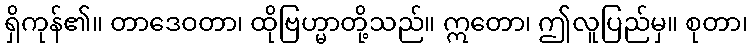
ရှိကုန်၏။ တာဒေဝတာ၊ ထိုဗြဟ္မာတို့သည်။ ဣတော၊ ဤလူပြည်မှ။ စုတာ၊